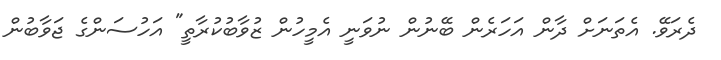
ދެރަވޭ. އެތަނަށް ދާން އަހަރެން ބޭނުން ނުވަނީ އެމީހުން ޒުވާބުކުރާތީ" އަހުސަންގެ ޖަވާބުން